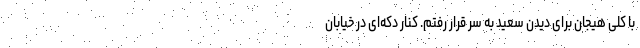
با کلی هیجان برای دیدن سعید به سر قرار رفتم. کنار دکه‌ای در خیابان